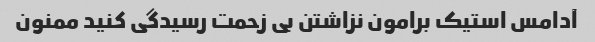
آدامس استیک برامون نزاشتن بی زحمت رسیدگی کنید ممنون